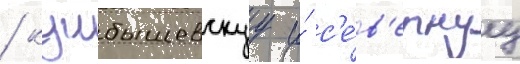
/ куибышевскуу и́ с'е́в'ернуу